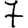
Digit: 7